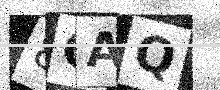
Text: 8OAQ